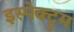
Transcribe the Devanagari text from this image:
इस्पेक्ट्रुम